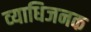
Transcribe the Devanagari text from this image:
व्‍याधिजनक